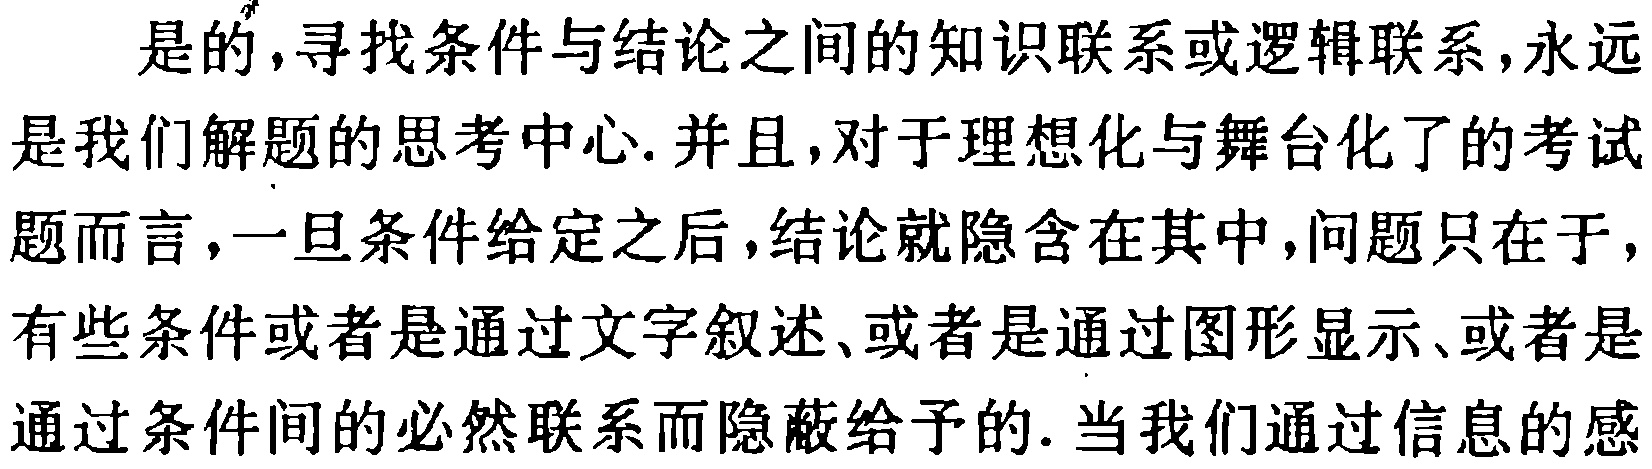
是的,寻找条件与结论之间的知识联系或逻辑联系,永远是我们解题的思考中心.并且,对于理想化与舞台化了的考试题而言,一旦条件给定之后,结论就隐含在其中,问题只在于,有些条件或者是通过文字叙述、或者是通过图形显示、或者是通过条件间的必然联系而隐蔽给予的. 当我们通过信息的感